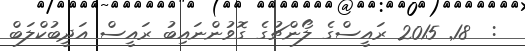
:  18